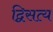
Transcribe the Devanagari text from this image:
द्विसत्य